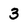
Character: 3